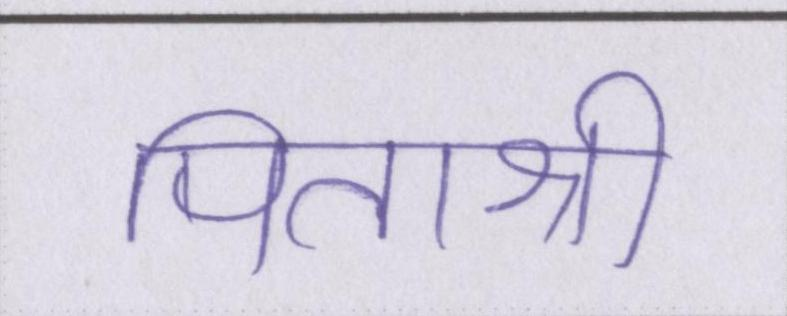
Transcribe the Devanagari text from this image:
पिताश्री